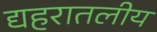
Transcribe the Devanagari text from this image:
द्यहरातलीय